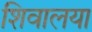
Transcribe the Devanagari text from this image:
शिवालया